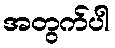
အတွက်ပါ